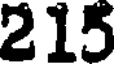
215